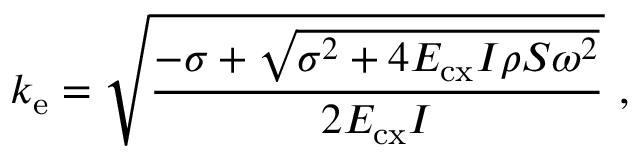
k _ { \mathrm { e } } = \sqrt { \frac { - \sigma + \sqrt { \sigma ^ { 2 } + 4 E _ { \mathrm { c x } } I \rho S \omega ^ { 2 } } } { 2 E _ { \mathrm { c x } } I } } ~ ,